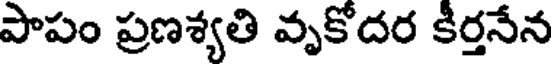
పాపం ప్రణశ్యతి వృకోదర కీర్తనేన